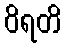
ဝိရတိ